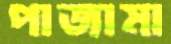
পাজামা